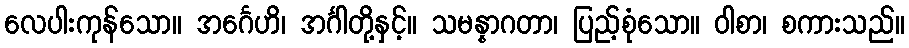
လေပါးကုန်သော။ အင်္ဂေဟိ၊ အင်္ဂါတို့နှင့်။ သမန္နာဂတာ၊ ပြည့်စုံသော။ ဝါစာ၊ စကားသည်။